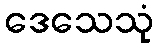
ဒေသေသုံ